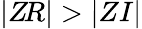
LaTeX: |Z\! R|>|ZI|